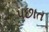
પછાત